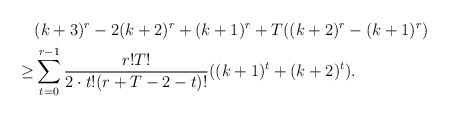
\begin{align*} & (k+3)^r-2(k+2)^r+(k+1)^r+T((k+2)^r-(k+1)^r) \\ \geq & \sum^{r-1}_{t=0} \frac {r!T!}{2\cdot t! (r+T-2-t)!}((k+1)^t+(k+2)^t).\end{align*}